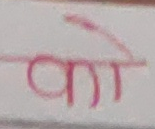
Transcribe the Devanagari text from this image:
का